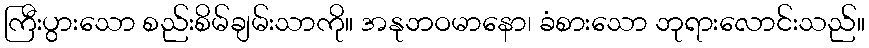
ကြီးပွားသော စည်းစိမ်ချမ်းသာကို။ အနုဘဝမာနော၊ ခံစားသော ဘုရားလောင်းသည်။